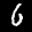
Label: 6